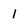
Character: 1